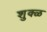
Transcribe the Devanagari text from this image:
शुक्ळ